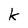
Character: k